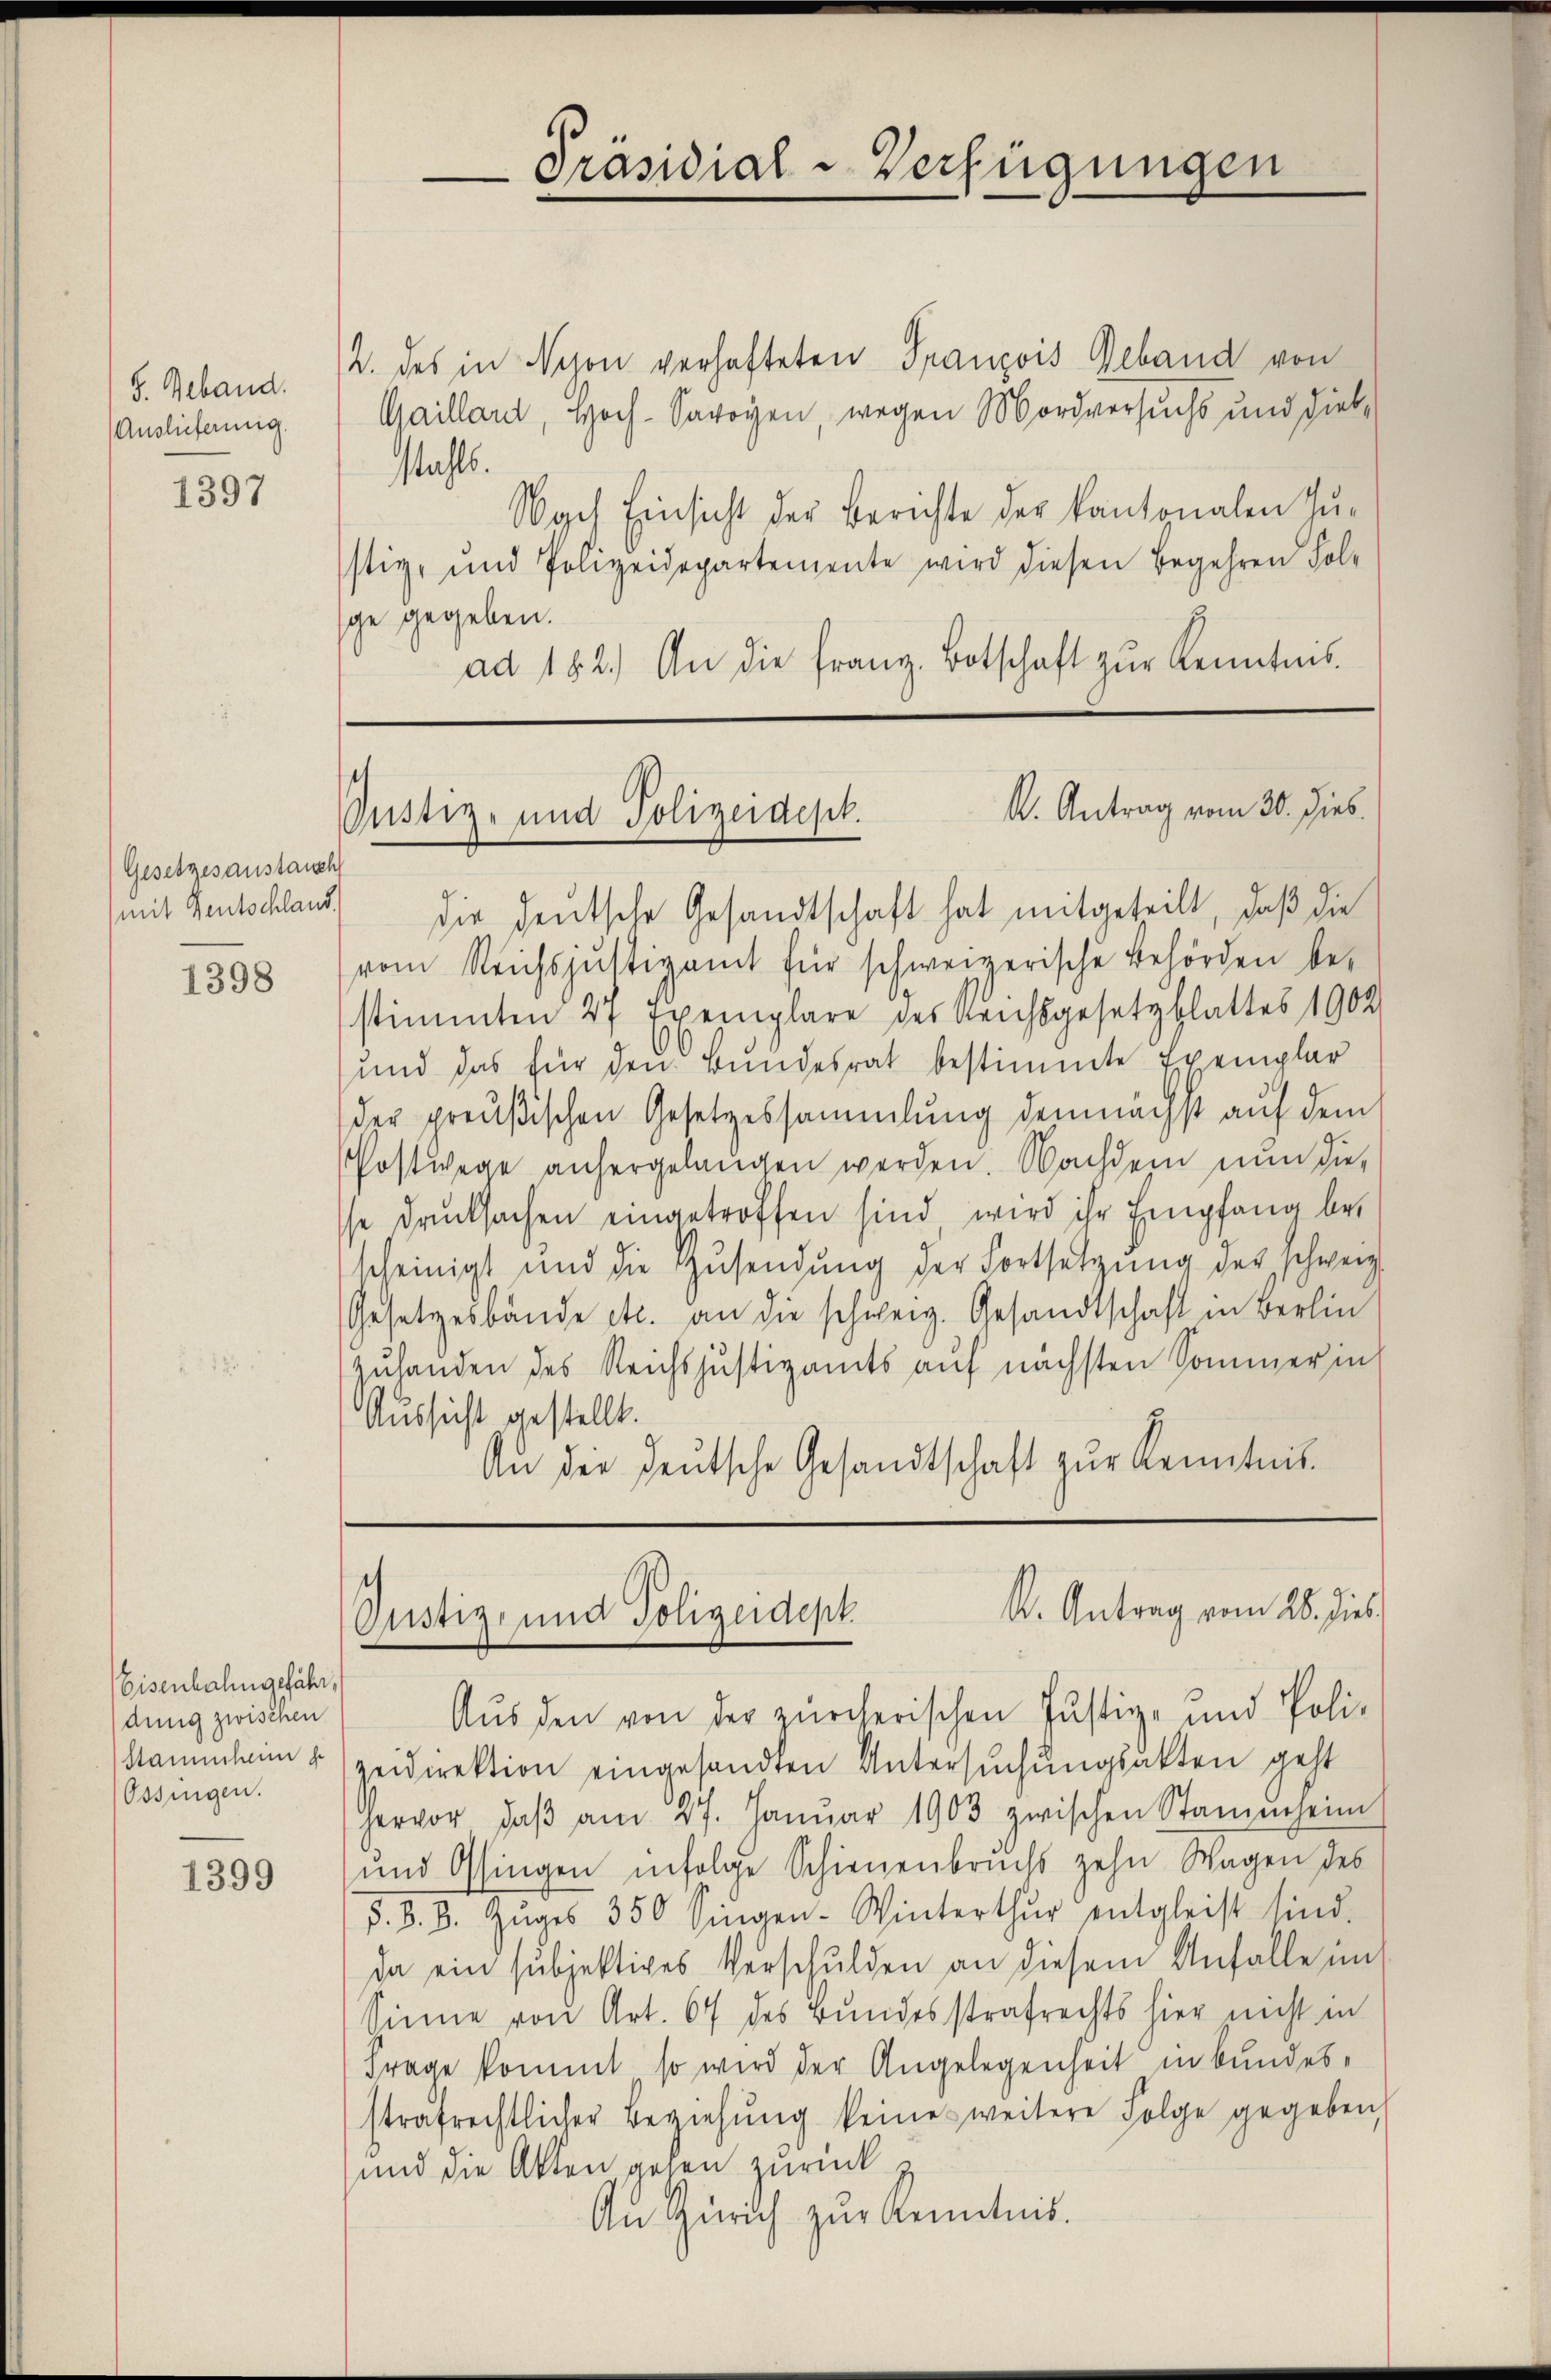
S. Geband.
Auslieferung.

1397

Gesetzes austausch
mit Rentschland.

1398

Eisenbahngefähr,
dung zwischen
Stammheim s
Ossingen.

1399

2. des in Nyon verhafteten Franzois Geband von
Gaillant, Hoch-Savoyen, wegen Mordversuchs und Diebstahls.
stig, und Polizeidepartemente wird diesen Begehren Fol-
ge gegeben.

Nach Einsicht der Berichte der kantonalen Juad 182.) An die franz Botschaft zur Kenntnis-

Präsidial-Verfügungen

¬
A. Antrag vom 30. Dieb.
Gustiz- und Polizeidest.

die deutsche Gesandtschaft hat mitgeteilt, daß die
vom Reichsjustizamt für schweizerische Behörden be-
stimmten 27 Exemplare des Reichsgesetzblattes 1902
und das für den Bundesrat bestimmte Exemplar
der preußischen Gesetzessammlung demnächst auf dem
Postwege anhergelangen werden. Nachdem nun die
sse drucksachen eingetroffen sind, wird ihr Empfang be-
scheinigt und die Zusendung der Fortsetzung der schweiz.
Gesetzesbände etc. an die schweiz. Gesandtschaft in Berlin
zuhanden des Reichsjustizamts auf nächsten Sommer in
Aussicht gestellt.
An die deutsche Gesandtschaft zur Kenntnis.

K. Antrag vom 28. dies
Justiz- und Polizeidept.

Aus den von der zürcherischen Justiz- und Poli-
zeidirektion eingesandten Untersuchungsakten geht
hervor, daβ am 27. Janŭar 1903 zwischen Stammheim
und Ossingen infolge Schienenbruchs zehn Wagen des
§. 8. B. Zŭges 350 Singen-Winterthur entgleist sind.
da ein subjektives Verschulden an diesem Anfalle im
Sinne von Art. 67 des Bundesstrafrechts hier nicht in
Frage kommt, so wird der Angelegenheit in Bundes-
strafrechtlicher Beziehŭng keines weitere Folge gegeben,
und die Akten gehen zurück
An Zürich zur Kenntnis.